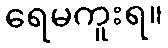
ရေမကူးရ။